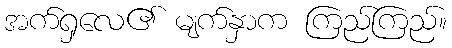
အက်ရှလေ၏ မျက်နှာက ကြည်ကြည်။